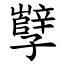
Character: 孼